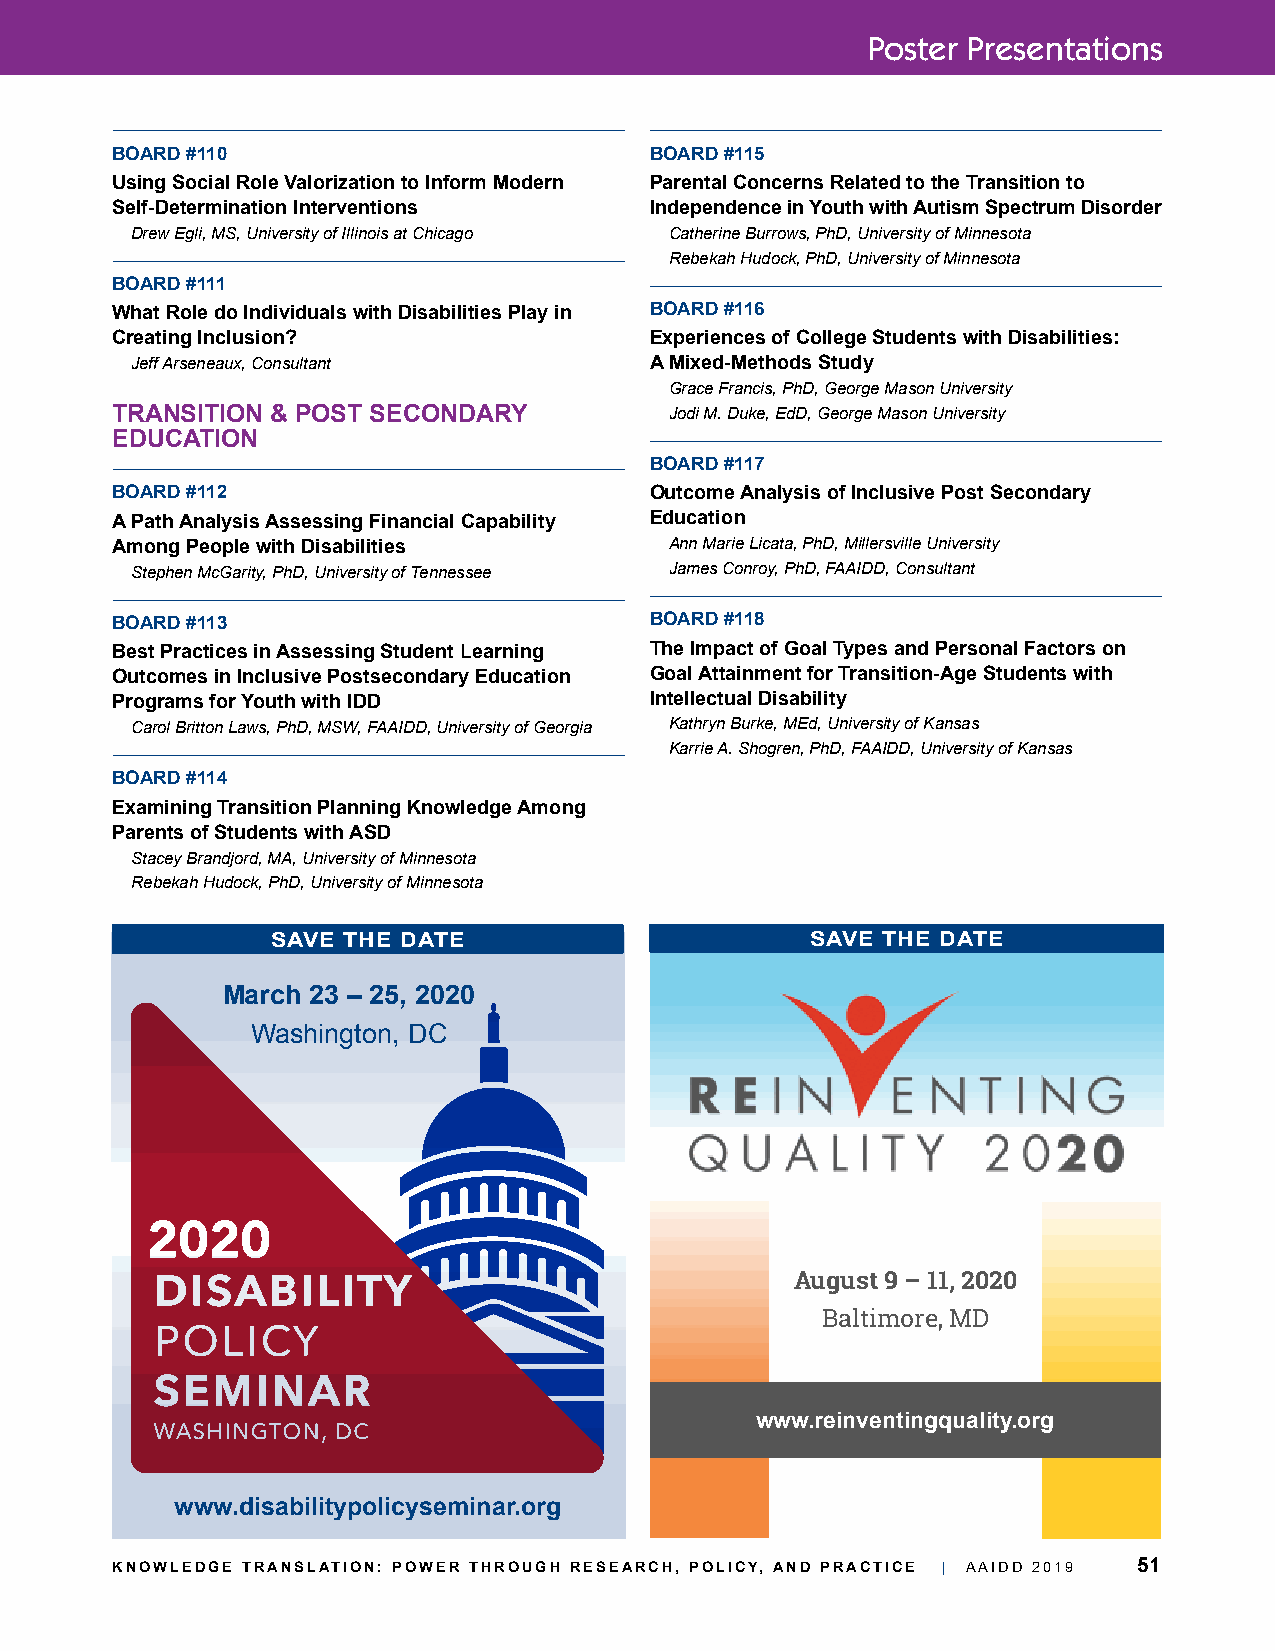
Poster Presentations
 BOARD #110                          BOARD #115
 Using Social Role Valorization to Inform Modern Parental Concerns Related to the Transition to
 Self-Determination Interventions    Independence in Youth with Autism Spectrum Disorder
 Drew Egli, MS, University of Illinois at Chicago Catherine Burrows, PhD, University of Minnesota
 Rebekah Hudock, PhD, University of Minnesota
 BOARD #111
 What Role do Individuals with Disabilities Play in BOARD #116
 Creating Inclusion?                 Experiences of College Students with Disabilities:
 Jeff Arseneaux, Consultant        A Mixed-Methods Study
 Grace Francis, PhD, George Mason University
 TRANSITION & POST SECONDARY          Jodi M. Duke, EdD, George Mason University
 EDUCATION
 BOARD #117
 BOARD #112                          Outcome Analysis of Inclusive Post Secondary
 A Path Analysis Assessing Financial Capability Education
 Among People with Disabilities       Ann Marie Licata, PhD, Millersville University
 Stephen McGarity, PhD, University of Tennessee James Conroy, PhD, FAAIDD, Consultant
 BOARD #113                          BOARD #118
 Best Practices in Assessing Student Learning The Impact of Goal Types and Personal Factors on
 Outcomes in Inclusive Postsecondary Education Goal Attainment for Transition-Age Students with
 Programs for Youth with IDD         Intellectual Disability
 Carol Britton Laws, PhD, MSW, FAAIDD, University of Georgia Kathryn Burke, MEd, University of Kansas
 Karrie A. Shogren, PhD, FAAIDD, University of Kansas
 BOARD #114
 Examining Transition Planning Knowledge Among
 Parents of Students with ASD
 Stacey Brandjord, MA, University of Minnesota
 Rebekah Hudock, PhD, University of Minnesota
 SAVE THE DATE                       SAVE THE DATE
 March 23 – 25, 2020
 Washington, DC
 2020
 August 9 – 11, 2020
 Baltimore, MD
 www.reinventingquality.org
 www.disabilitypolicyseminar.org
 KNOWLEDGE TRANSLATION: POWER THROUGH RESEARCH, POLICY, AND PRACTICE | AAIDD 2019 51